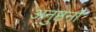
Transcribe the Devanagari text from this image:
अनुष्ठनों